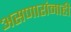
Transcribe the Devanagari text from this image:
असणारांनाही